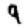
Digit: 9